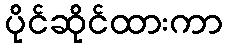
ပိုင်ဆိုင်ထားကာ